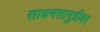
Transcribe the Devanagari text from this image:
साधनसामुग्रीवर